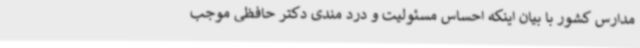
مدارس کشور با بیان اینکه احساس مسئولیت و درد مندی دکتر حافظی موجب